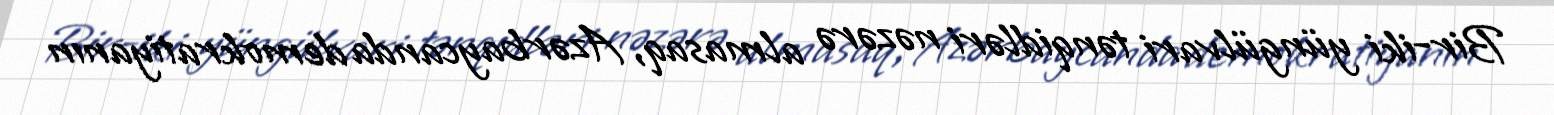
Bir-iki yüngülvari tənqidləri nəzərə almasaq, Azərbaycanda demokratiyanın